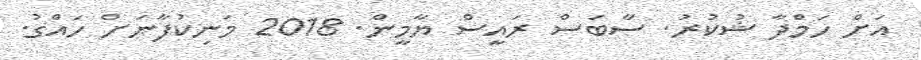
އަށް ހަމްދާ ޝުކުރު. ސާބަސް ރައީސް ޔާމީން. 2018 މަނިކުފާނަށް ހައްގު.